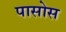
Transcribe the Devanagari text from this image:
पासोस